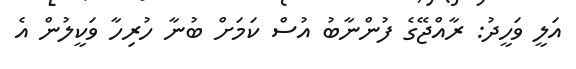
އަލީ ވަހީދު: ރާއްޖޭގެ ފުންނާބު އުސް ކަމަށް ބުނާ ހުރިހާ ވަކީލުން އެ